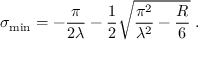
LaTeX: \sigma _ { \mathrm { m i n } } = - \frac { \pi } { 2 \lambda } - \frac { 1 } { 2 } \sqrt { \frac { \pi ^ { 2 } } { \lambda ^ { 2 } } - \frac { R } { 6 } } \; .